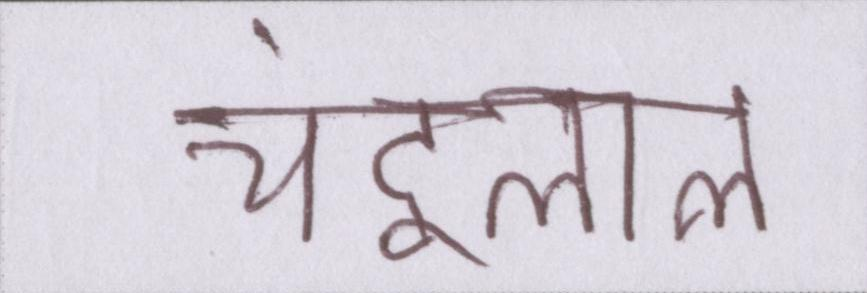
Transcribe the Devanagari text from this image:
चंदूलाल